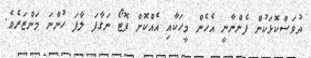
ދުވަސްކޮޅަކުން ފެންނާނީ އެހެން މީހަކާއި އެއްކޮށް ފޮޓޯ ނަގާފަ ލާފަ ހުންނަ މަންޒަރެވެ.